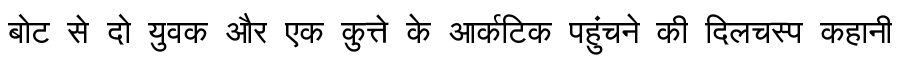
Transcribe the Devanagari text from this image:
बोट से दो युवक और एक कुत्ते के आर्कटिक पहुंचने की दिलचस्प कहानी